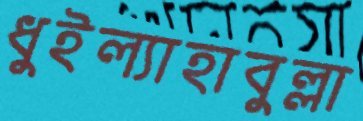
ধুইল্যাহাবুল্লা